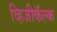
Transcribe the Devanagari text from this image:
व्हिजीकॅल्क